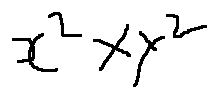
x ^ { 2 } \times y ^ { 2 }